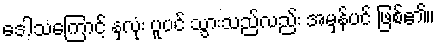
ဒေါသကြောင့် နှလုံး ပူပင် သွားသည်လည်း အမှန်ပင် ဖြစ်၏။